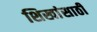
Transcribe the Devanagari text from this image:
शिखांसाठी